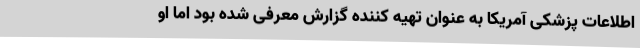
اطلاعات پزشکی آمریکا به عنوان تهیه کننده گزارش معرفی شده بود اما او